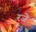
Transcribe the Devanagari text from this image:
रजे